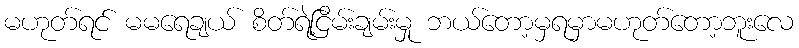
မဟုတ်ရင် မမရေချယ် စိတ်ရဲ့ငြိမ်းချမ်းမှု ဘယ်တော့မှရမှာမဟုတ်တော့ဘူးလေ